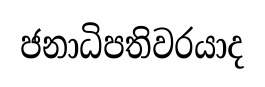
ජනාධිපතිවරයාද